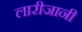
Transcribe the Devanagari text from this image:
लारीजानी